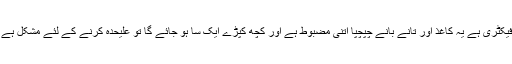
گزشتہ زمانے میں بعض صارفین کو جو اسپورٹس کرتے ہیں فیکٹری ہے یہ کاغذ اور تانے بانے چپچپا اتنی مضبوط ہے اور کچھ کپڑے ایک سا ہو جائے گا تو علیحدہ کرنے کے لئے مشکل ہے صرف ایک چھوٹا سا چپچپا، کی ضرورت ہے کیونکہ دیا کا ۔